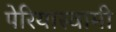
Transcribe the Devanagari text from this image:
पेरियास्वामी